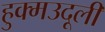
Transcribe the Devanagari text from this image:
हुक्मउदूली